Sketch of the medical history of the native army of Bombay, for the year
Year: 1875
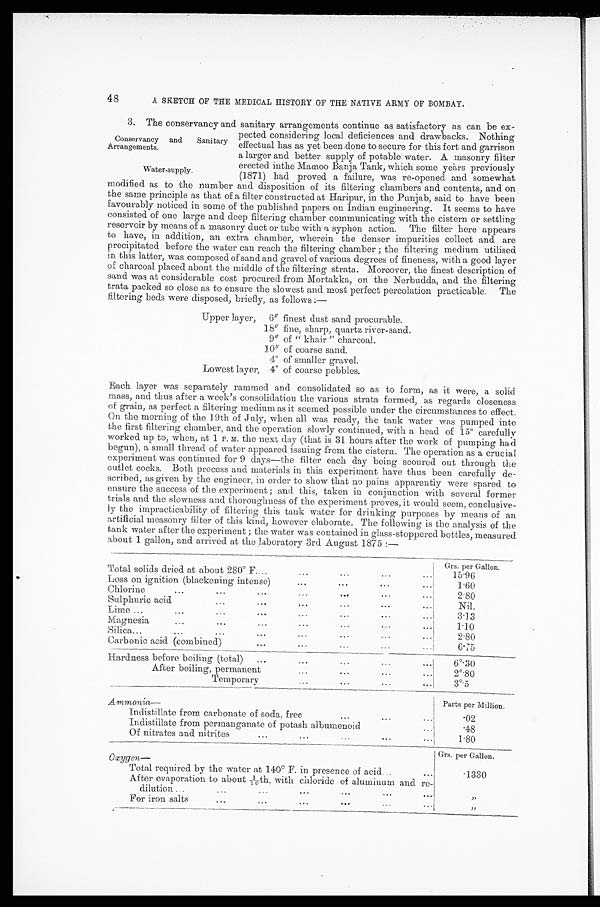
Conservancy and
Sanitary Arrangements.
48
A SKETCH OF THE MEDICAL HISTORY OF THE NATIVE ARMY OF BOMBAY.
3. The conservancy and sanitary arrangements continue as satisfactory as can be ex--
pected considering local deficiences and drawbacks. Nothing
effectual has as yet beendone to secure for this fort and garrison
a larger and. better supply of potable water. A masonry filter
erected inthe Mamoo Banja Tank, which some years previously
(1871) had proved a failure, was re-opened and somewhat
modified as to the number and disposition of its filtering chambers and contents, and on
the same principle as that of a filter constructed at Haripur, in the Punjab, said to have been
favourably noticed in some of the published papers on Indian engineering. It seems to have
consisted of one large and deep filtering chamber communicating with the cistern or settling
reservoir by means of a masonry duct or tube with a syphon action. The filter here appears
to have, in addition, an extra chamber, wherein the denser impurities collect and are
precipitated before the water can reach the filtering chamber; the filtering medium utilised
in this latter, was composed of sand and gravel of various degrees of fineness, with a good layer
of charcoal placed about the middle of the filtering strata. Moreover, the finest description of
sand was at considerable cost procured from Mortakka, on the Nerbudda, and the filtering
trata packed so close as to ensure the slowest and most perfect percolation practicable. The
filtering beds were disposed, briefly, as follows:—
Upper layer, 6" finest dust sand procurable.
18" fine, sharp, quartz river-sand.
9" of "khair" charcoal.
10" of coarse sand.
4" of smaller gravel.
Lowest layer, 4" of coarse pebbles.
Each layer was separately rammed and consolidated so as to form, as it were, a solid
mass, and thus after a week's consolidation the various strata formed, as regards closeness
of grain, as perfect; a filtering medium as it seemed possible under the circumstances to effect.
On the morning of the 19th of July, when all was ready, the tank water was pumped into
the first filtering chamber, and the operation slowly continued, with a head of 15" carefully
worked up to, when, at 1 P. M. the next day (that is 31 hours after the work of pumping had
begun), a small thread of water appeared issuing from the cistern. The operation as a crucial
experiment was continued for 9 days—the filter each day being scoured out through the
outlet cocks. Both process and materials in this experiment have thus been carefully de--
scribed, as given by the engineer, in order to show that no pains apparently were spared to
ensure the success of the experiment; and this, taken in conjunction with several former
trials and. the slowness and thoroughness of the experiment proves, it would seem, conclusive-
-ly the impracticability of filtering this tank water for drinking purposes by means of an
artificial measonry filter of this kind, however elaborate. The following is the analysis of the
tank water after the experiment; the water was contained in glass-stoppered bottles, measured
about 1 gallon, and arrived at the laboratory 3rd August 1875:—
Grs. per Gallon.
Total solids dried at about 280° F
15.96
Loss on ignition (blackening intense)
1 . 6 0
Chlorine
2.80
Sulphuric acid
Nil.
Lime
3 . 1 3
Magnesia
1.10
Silica
2.80
Carbonic acid (combined)
6.75
* Hardness before boiling (total)
6°.30
...
After boiling, permanent
2°.80
Temporary
3°.5
Ammonia—
Parts per Million.
Indistillate from carbonate of soda, free
.02
Indistillate from permanganate of potash albumenoid
.48
Of nitrates and nitrites
1.80
Oxygen —
Grs. per Gallon.
Total required by the water at 140° F. in presence of acid
1330
After evaporation to about 1/10th, with chloride of aluminum and re-
dilution
"
For iron salts
"
Water-supply,